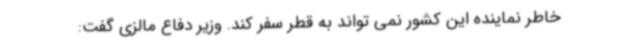
خاطر نماینده این کشور نمی تواند به قطر سفر کند. وزیر دفاع مالزی گفت: